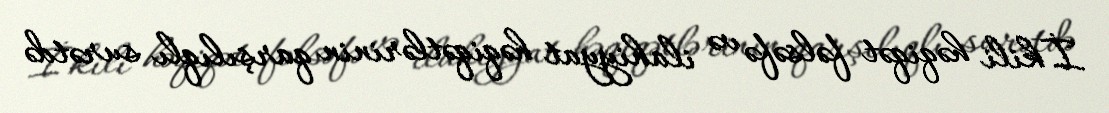
İkili həqiqət fəlsəfə və ilahiyyat həqiqətlərinin qarşılıqlı surətdə